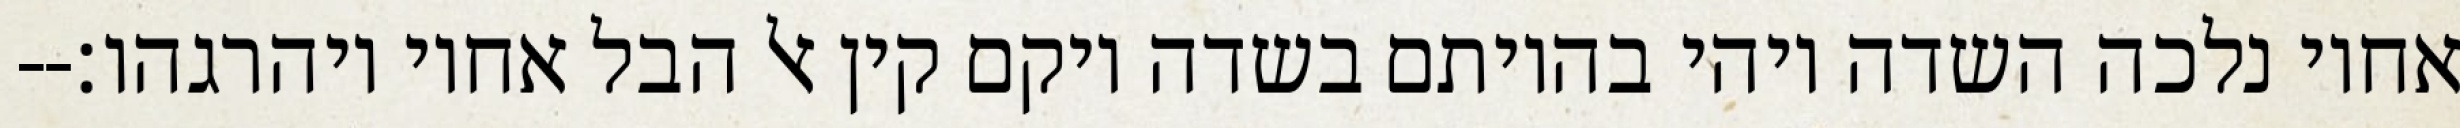
אחיו נלכה השדה ויהי בהיותם בשדה ויקם קין אל הבל אחיו ויהרגהו׃--